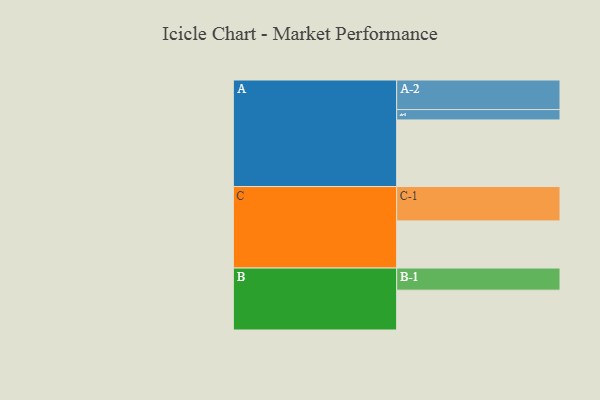
{"axis": {"x": "Segment", "y": "Value"}, "legend": ["", "A", "B", "C"], "data": [{"x": "A", "y": 545, "type": ""}, {"x": "B", "y": 326, "type": ""}, {"x": "C", "y": 386, "type": ""}, {"x": "A-1", "y": 85, "type": "A"}, {"x": "A-2", "y": 242, "type": "A"}, {"x": "B-1", "y": 181, "type": "B"}, {"x": "C-1", "y": 281, "type": "C"}]}